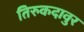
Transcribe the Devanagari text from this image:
तिरुकदावुर